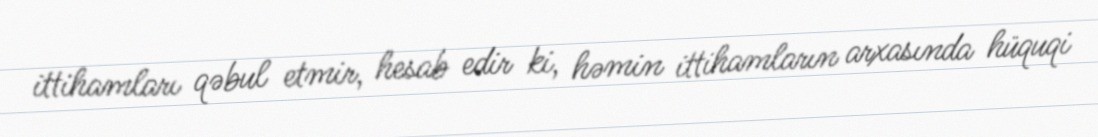
ittihamları qəbul etmir, hesab edir ki, həmin ittihamların arxasında hüquqi